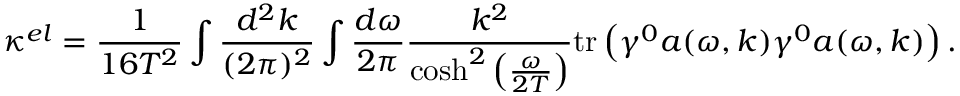
\kappa ^ { e l } = \frac { 1 } { 1 6 T ^ { 2 } } \int \frac { d ^ { 2 } k } { ( 2 \pi ) ^ { 2 } } \int \frac { d \omega } { 2 \pi } \frac { k ^ { 2 } } { \cosh ^ { 2 } \left( \frac { \omega } { 2 T } \right) } \mathrm { t r } \left( \gamma ^ { 0 } a ( \omega , k ) \gamma ^ { 0 } a ( \omega , k ) \right) .